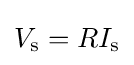
V_{\mathrm {s} }=RI_{\mathrm {s} }\,\!